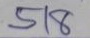
518